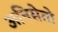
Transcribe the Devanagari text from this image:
अनिसेतो